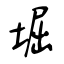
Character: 堀